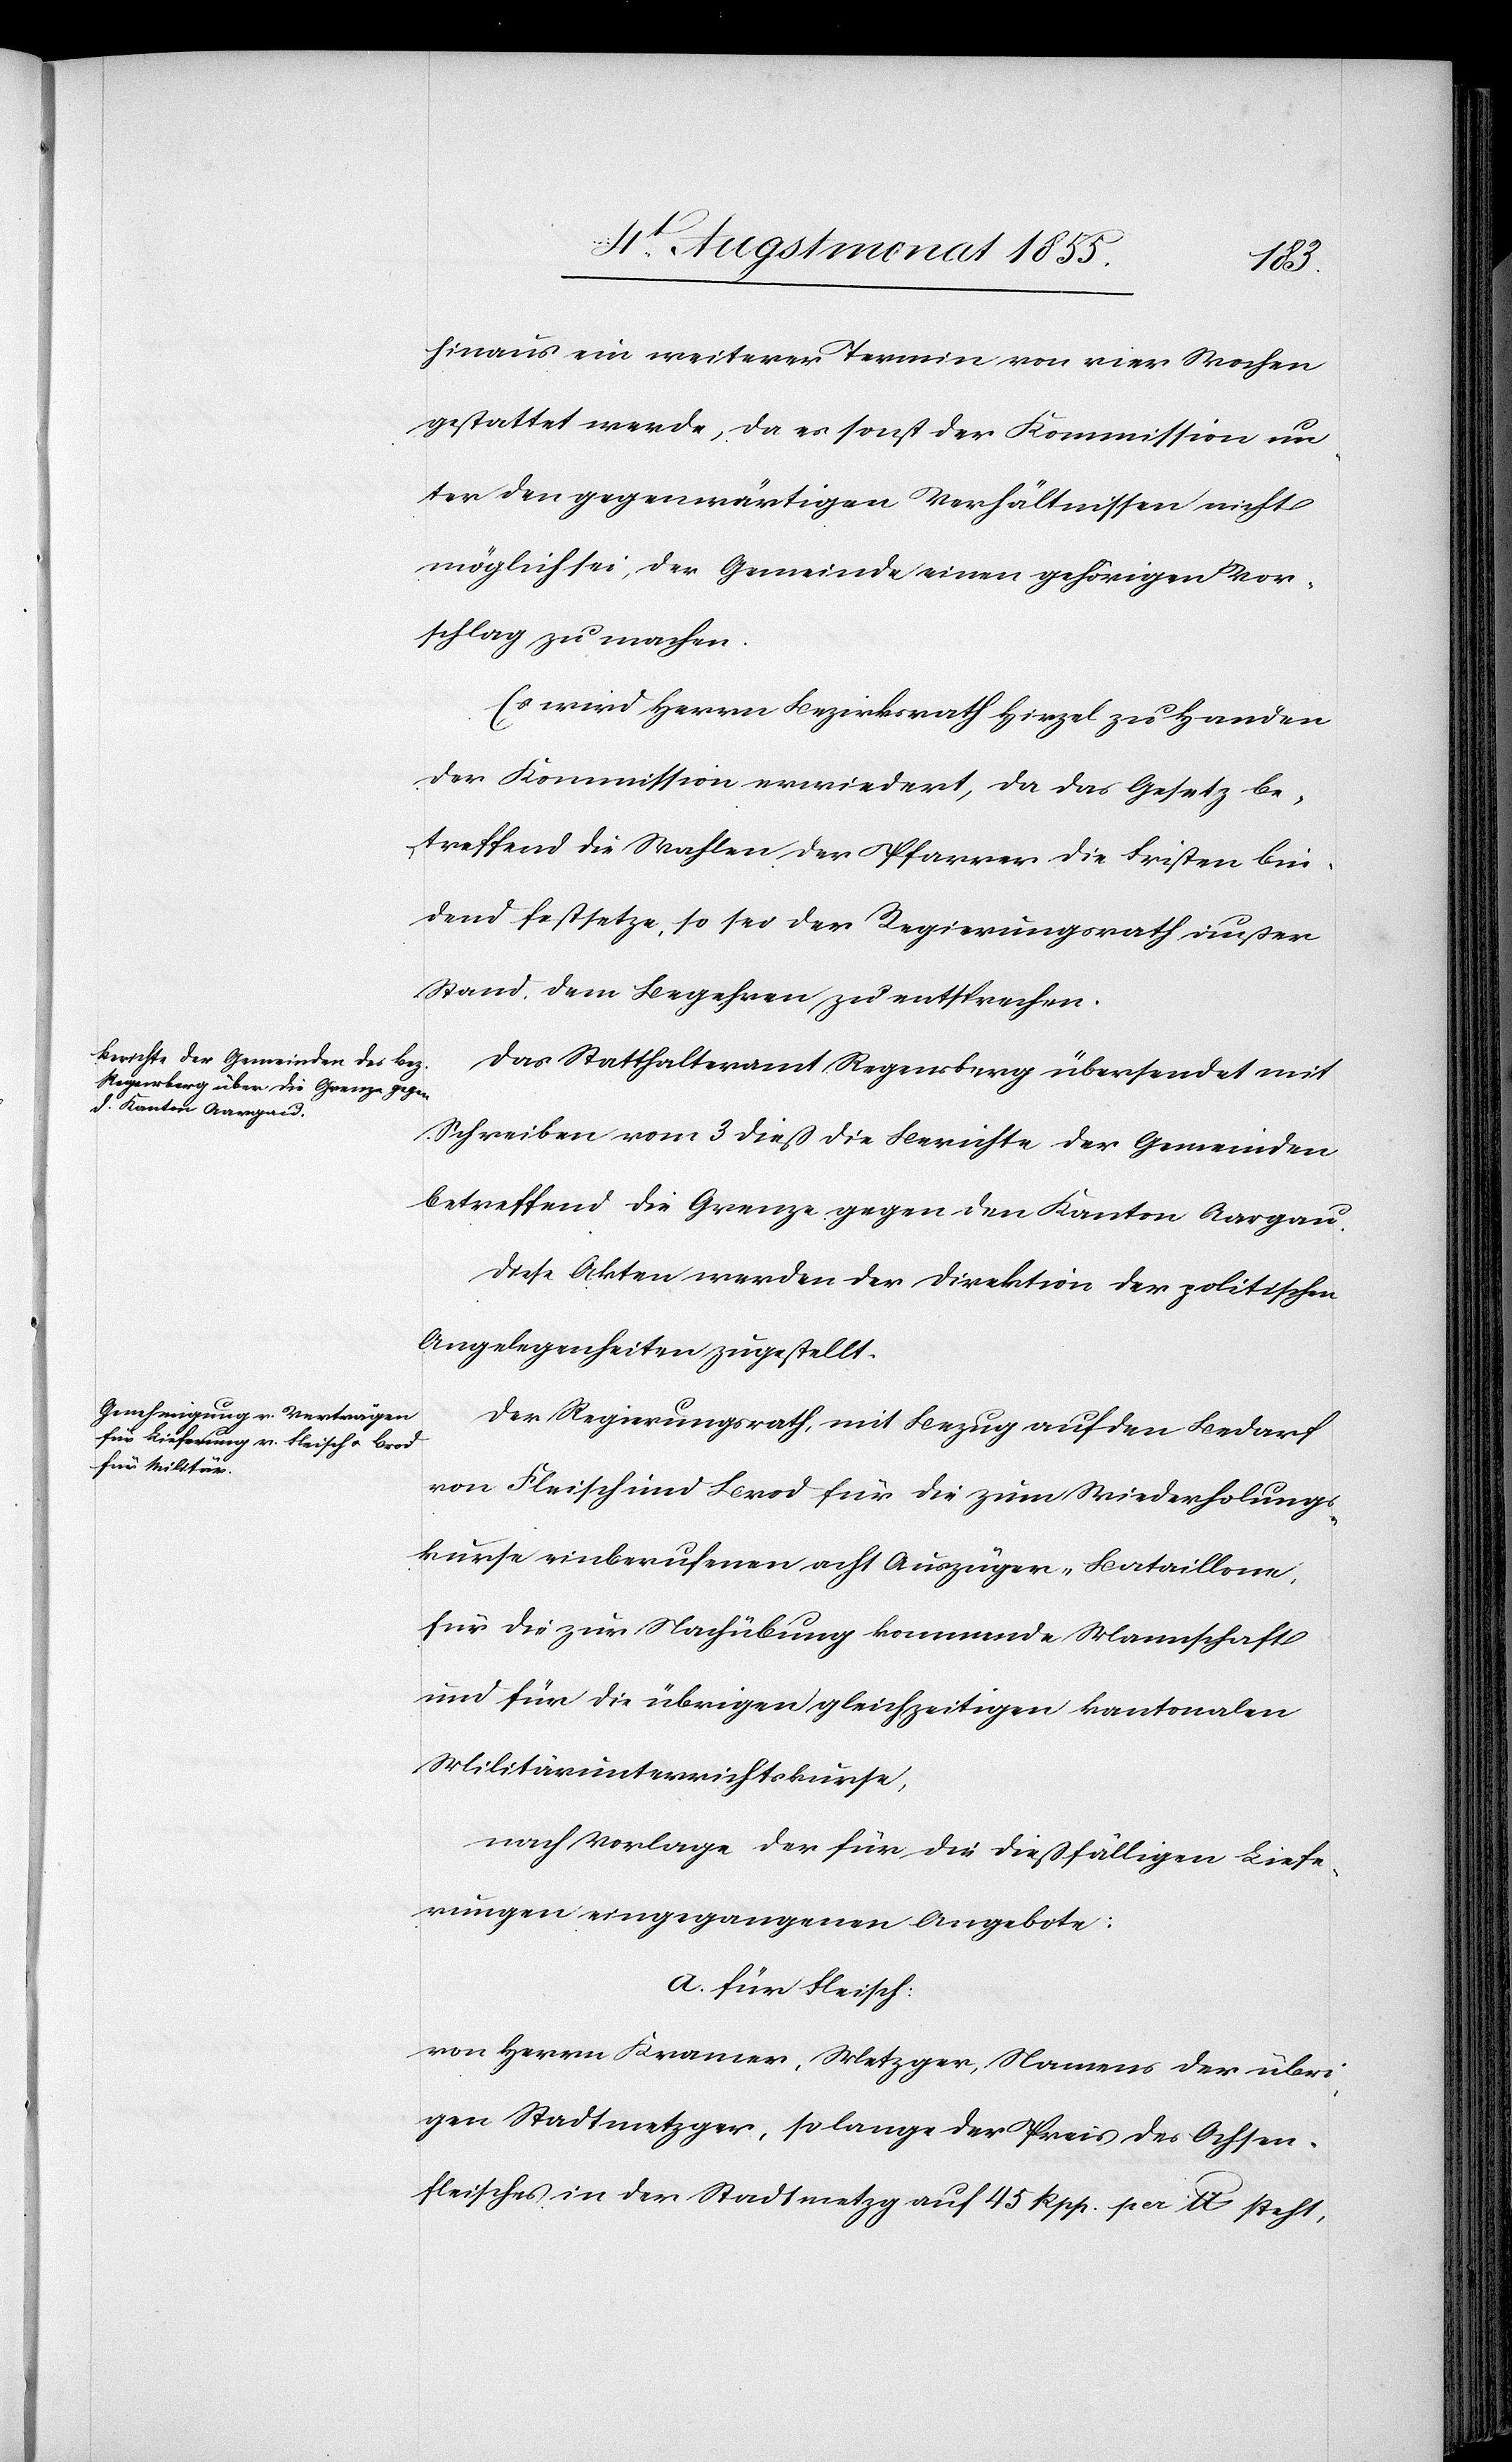
hinaus ein weiterer Termin von vier Wochen
gestattet werde, da es sonst der Kommission un¬
ter den gegenwärtigen Verhältnissen nicht
möglich sei, der Gemeinde einen gehörigen Vor¬
schlag zu machen.
Es wird Herrn Bezirksrath Hirzel zu Handen
der Kommission erwiedert, da das Gesetz be¬
treffend die Wahlen der Pfarrer die Fristen bin¬
dend festsetze, so sei der Regierungsrath außer
Stand, dem Begehren zu entsprechen.
Das Statthalteramt Regensberg übersendet mit
Schreiben vom 3 dieß die Berichte der Gemeinden
betreffend die Grenze gegen den Kanton Aargau.
Diese Akten werden der Direktion der politischen
Angelegenheiten zugestellt.
Der Regierungsrath, mit Bezug auf den Bedarf
von Fleisch und Brod für die zum Wiederholungs¬
kurse einberufenen acht Auszüger-Bataillone,
für die zur Nachübung kommende Mannschaft
und für die übrigen gleichzeitigen kantonalen
Militärunterrichtskurse,
nach Vorlage der für die dießfälligen Liefe¬
rungen eingegangenen Angebote:
a. für Fleisch:
von Herrn Kramer, Metzger, Namens der übri¬
gen Stadtmetzger, so lange der Preis des Ochsen¬
fleisches in der Stadtmetzg auf 45 Rpp. per lb. steht,